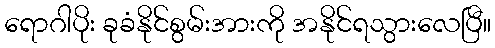
ရောဂါပိုး ခုခံနိုင်စွမ်းအားကို အနိုင်ရသွားလေပြီ။